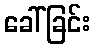
ခေါ်ခြင်း